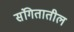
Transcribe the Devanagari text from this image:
संगितातील